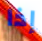
إذا